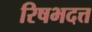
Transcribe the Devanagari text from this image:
रिषभदत्त